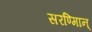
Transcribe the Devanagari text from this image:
सरण्मािन्‌